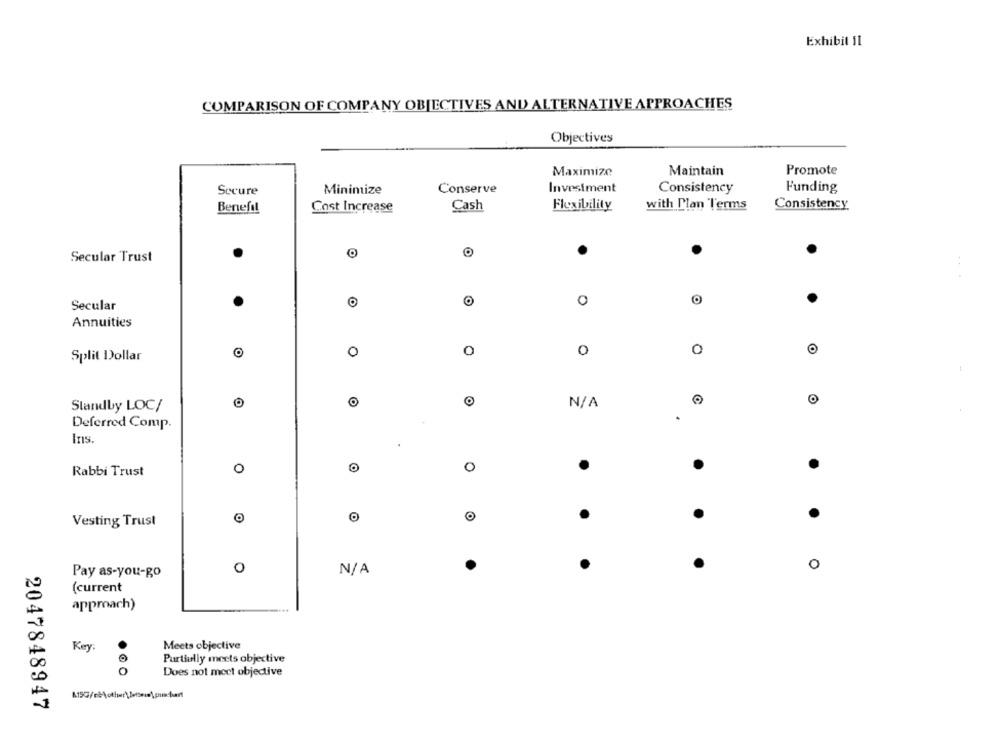
Exhibit 11
COMPARISON OF COMPANY OBJECTIVES AND ALTERNATIVE APPROACHES
Objectives
Maintain
Promote
Maximize
Secure
Minimize
Conserve
Investment
Consistency
Funding
Benefi!
Cost Increase
Cash
Flexibility
with Plan Terms
Consistency
Secular Trust
0
Secular
Annuities
0
Split Dollar
0
O
O
Standby LOC/
O
O
.
Deferred Comp.
Ins
0
.
Rabbi Trust
0
.
Vesting Trust
0
0
Pay as-you-go
(current
approach)
Meets objective
Key.
Purtiully meets objective
Does not meet objective
A150/c\other\ Betseis\pumachart
2047848947